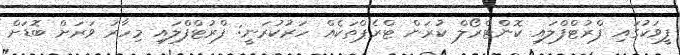
ފީވަކުގައި ފްރުޓްފްލައި ކޮންޓްރޯލް ކުރަން ޓްރެޕްތަކެއް ހަރުކުރަނީ: ފްރުޓްފްލައި މިހާރު ވަރަށް ބޮޑަށް